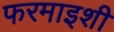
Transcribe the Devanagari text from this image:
फरमाइशी